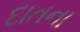
દાતના